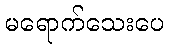
မရောက်သေးပေ